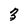
Character: 3